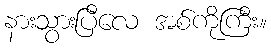
နားသွားပြီလေ အစ်ကိုကြီး။